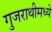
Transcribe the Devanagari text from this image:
गुजराथीमध्ये